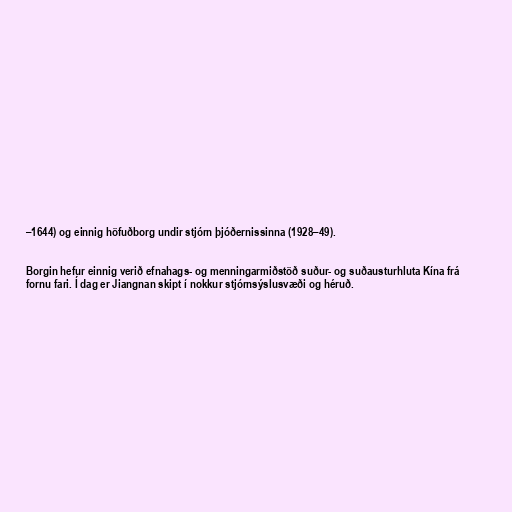
–1644) og einnig höfuðborg undir stjórn þjóðernissinna (1928–49).

Borgin hefur einnig verið efnahags- og menningarmiðstöð suður- og suðausturhluta Kína frá
fornu fari. Í dag er Jiangnan skipt í nokkur stjórnsýslusvæði og héruð.